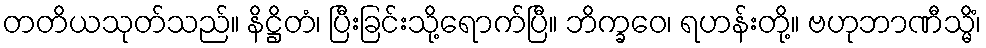
တတိယသုတ်သည်။ နိဋ္ဌိတံ၊ ပြီးခြင်းသို့ရောက်ပြီ။ ဘိက္ခဝေ၊ ရဟန်းတို့။ ဗဟုဘာဏီသ္မိံ၊